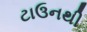
ટાઉનથી